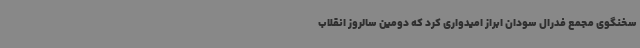
سخنگوی مجمع فدرال سودان ابراز امیدواری کرد که دومین سالروز انقلاب